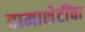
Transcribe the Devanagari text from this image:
दामाशेटींचा